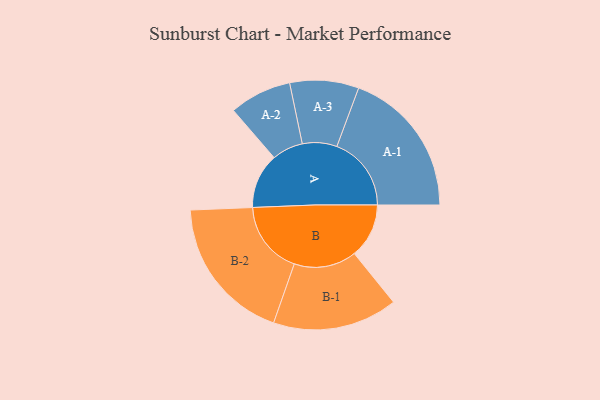
{"axis": {"x": "Segment", "y": "Value"}, "legend": ["", "A", "B"], "data": [{"x": "A", "y": 211, "type": ""}, {"x": "B", "y": 209, "type": ""}, {"x": "A-1", "y": 285, "type": "A"}, {"x": "A-2", "y": 119, "type": "A"}, {"x": "A-3", "y": 132, "type": "A"}, {"x": "B-1", "y": 239, "type": "B"}, {"x": "B-2", "y": 280, "type": "B"}]}